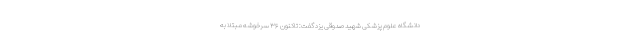
دانشگاه علوم پزشکی شهید صدوقی یزد گفت: تاکنون ۳۶ سرخوشه مبتلا به